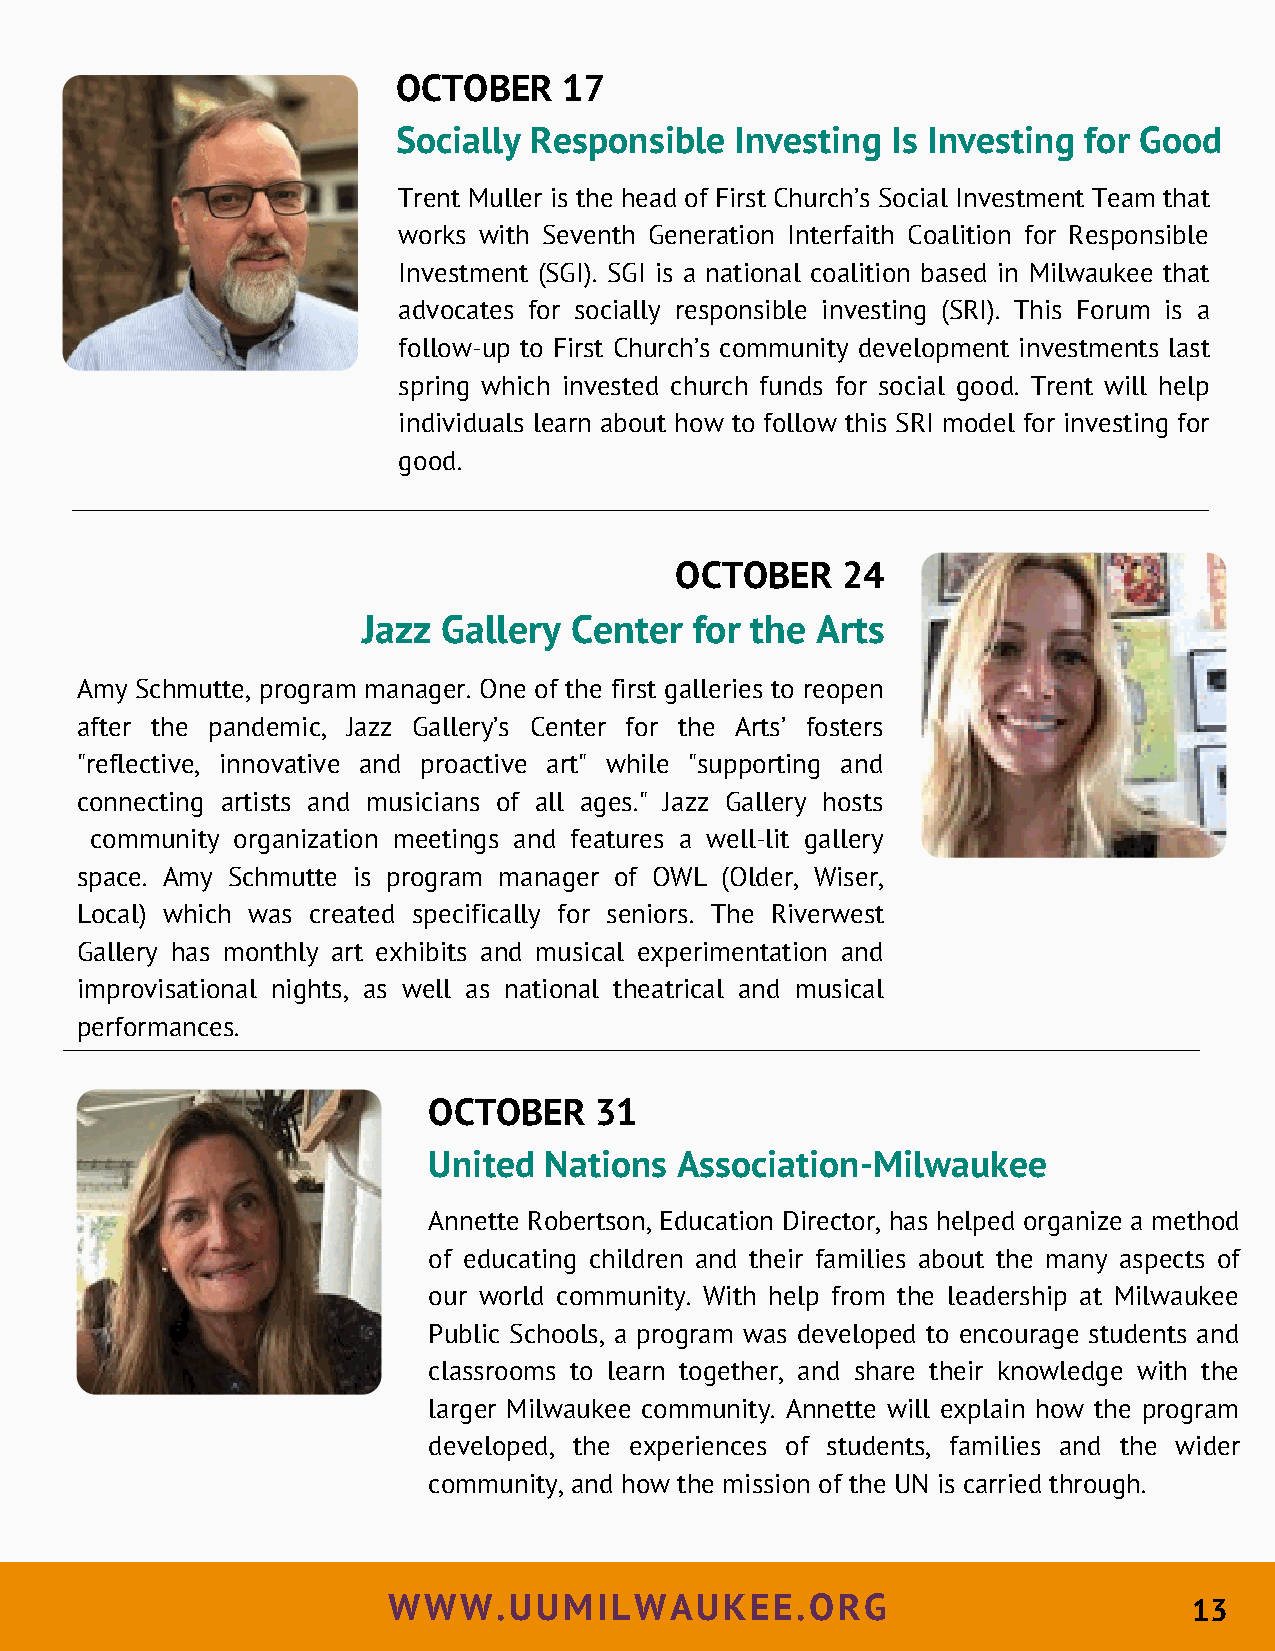
OCTOBER    17
 Socially Responsible   Investing Is Investing for Good
 Trent Muller is the head of First Church’s Social Investment Team that
 works with Seventh Generation Interfaith Coalition for Responsible
 Investment (SGI). SGI is a national coalition based in Milwaukee that
 advocates for socially responsible investing (SRI). This Forum is a
 follow-up to First Church’s community development investments last
 spring which invested church funds for social good. Trent will help
 individuals learn about how to follow this SRI model for investing for
 good.
 OCTOBER    24
 Jazz Gallery  Center  for the Arts
 Amy Schmutte, program manager. One of the first galleries to reopen
 after the pandemic, Jazz Gallery’s Center for the Arts’ fosters
 "reflective, innovative and proactive art" while "supporting and
 connecting artists and musicians of all ages." Jazz Gallery hosts
 community organization meetings and features a well-lit gallery
 space. Amy Schmutte is program manager of OWL (Older, Wiser,
 Local) which was created specifically for seniors. The Riverwest
 Gallery has monthly art exhibits and musical experimentation and
 improvisational nights, as well as national theatrical and musical
 performances.
 OCTOBER    31
 United  Nations  Association-Milwaukee
 Annette Robertson, Education Director, has helped organize a method
 of educating children and their families about the many aspects of
 our world community. With help from the leadership at Milwaukee
 Public Schools, a program was developed to encourage students and
 classrooms to learn together, and share their knowledge with the
 larger Milwaukee community. Annette will explain how the program
 developed, the experiences of students, families and the wider
 community, and how the mission of the UN is carried through.
 WWW.UUMILWAUKEE.ORG                                  13